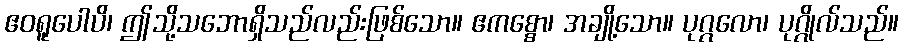
ဧဝရူပေါပိ၊ ဤသို့သဘောရှိသည်လည်းဖြစ်သော။ ဧကစ္စော၊ အချို့သော။ ပုဂ္ဂလော၊ ပုဂ္ဂိုလ်သည်။